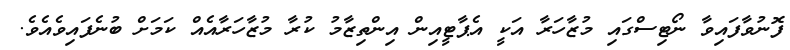
ފޮނުވާފައިވާ ނޯޓިސްގައި މުޒާހަރާ އަކީ އެޕާޓީއިން އިންތިޒާމު ކުރާ މުޒާހަރާއެއް ކަމަށް ބުނެފައިވެއެވެ.